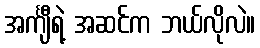
အင်္ကျီရဲ့ အဆင်က ဘယ်လိုလဲ။